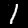
Label: 1